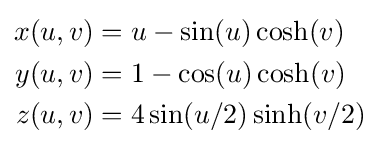
{\begin{aligned}x(u,v)&=u-\sin(u)\cosh(v)\\y(u,v)&=1-\cos(u)\cosh(v)\\z(u,v)&=4\sin(u/2)\sinh(v/2)\end{aligned}}